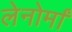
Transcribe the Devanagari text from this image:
लेनोर्मां